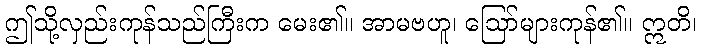
ဤသို့လှည်းကုန်သည်ကြီးက မေး၏။ အာမဗဟူ၊ ဩော်များကုန်၏။ ဣတိ၊